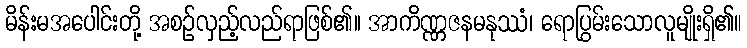
မိန်းမအပေါင်းတို့ အစဉ်လှည့်လည်ရာဖြစ်၏။ အာကိဏ္ဏဇနမနုဿံ၊ ရောပြွမ်းသောလူမျိုးရှိ၏။